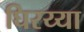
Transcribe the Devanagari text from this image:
घिरय्या